Ajaleht_Uus_Ilm, lk 5
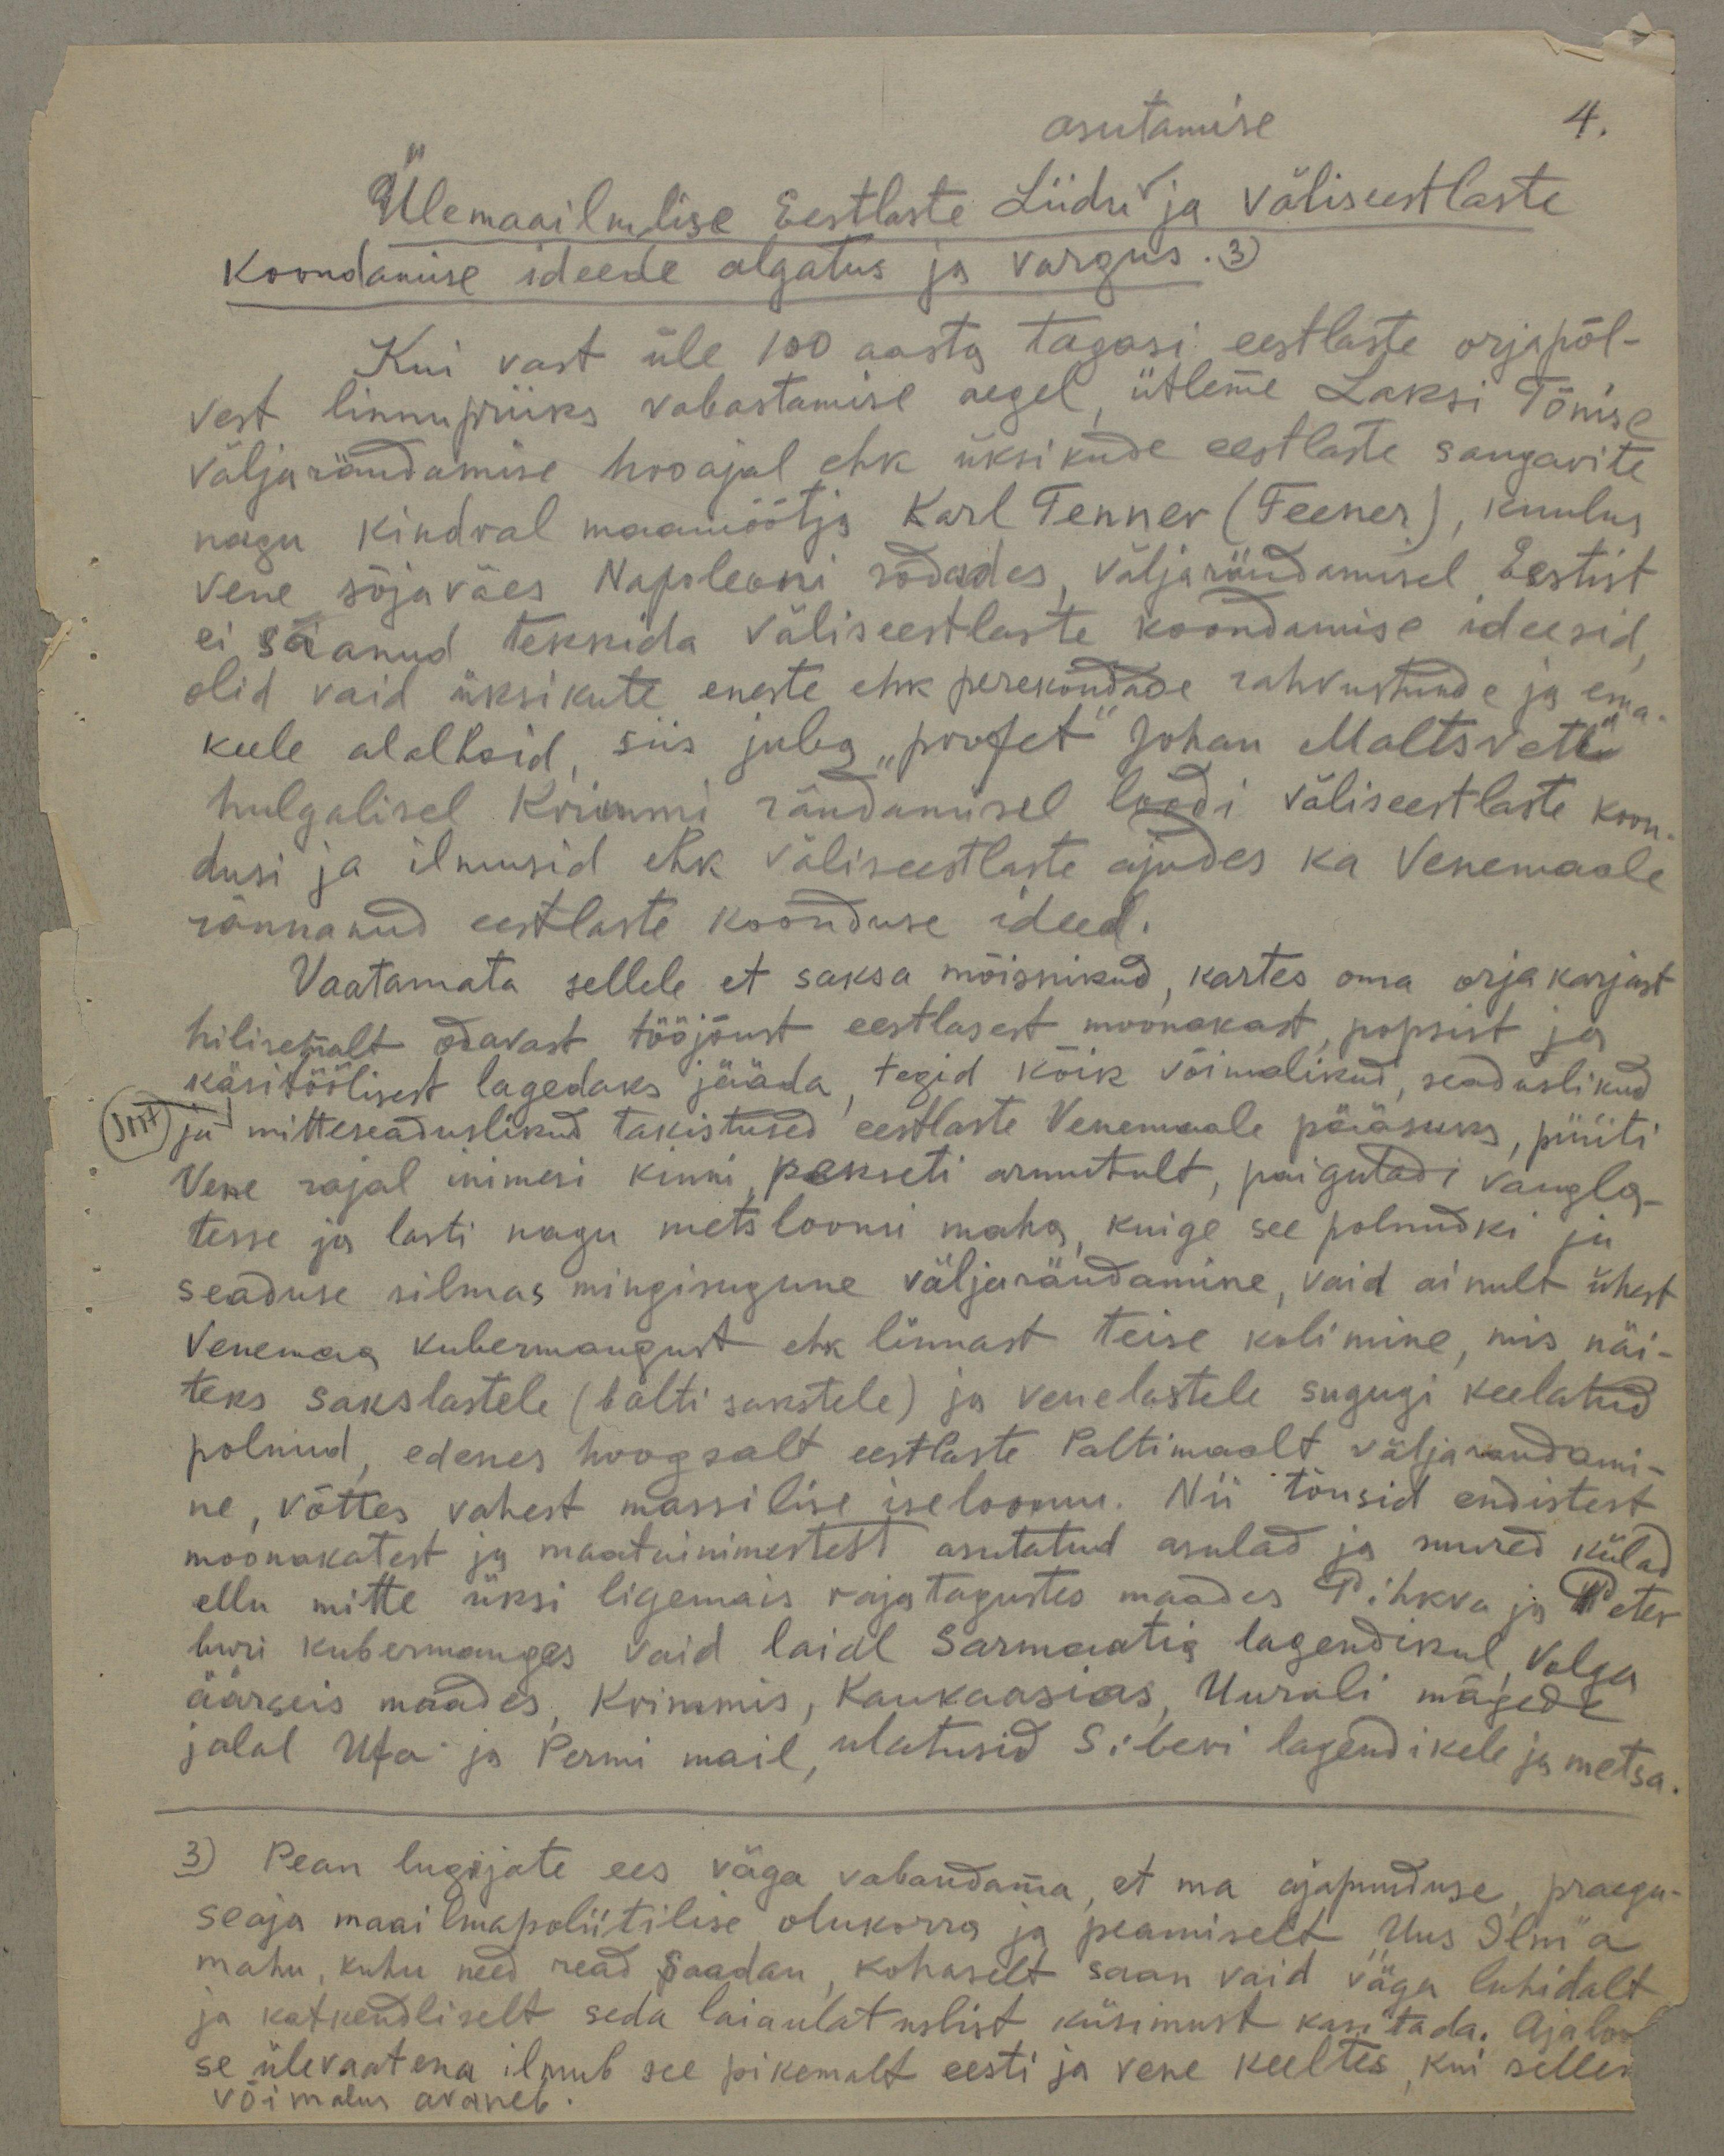
asutamise
4.
Ülemaailmlise Eestlaste Liidu ja väliseestlaste
Koondamise ideede algatus ja vargus. 3)
Kui vast üle 100 aasta tagasi eestlaste orjapõl-
vest linnupriiks vabastamise aegel, ütleme Laksi Tõnise
väljarändamise hooajal ehk üksikude eestlaste sangarite
nagu kindral maamõõtja Karl Tenner (Teener), kuulus
Vene sõjaväes Napoleoni sõdades, väljarändamisel Eestist
ei saanud tekkida väliseestlaste koondamise ideesid
olid vaid üksikute eneste ehk perekondade rahvustunde ja ema-
keele alalhoid, siis juba "profet" Johan Maltsveti"
hulgalisel Krimmi rändamisel loodi väliseestlaste koon-
dusi ja ilmusid ehk väliseestlaste ajudes ka Venemaale
rännanud eestlaste koonduse ideed.
Vaatamata sellele et saksa mõisnikud, kartes oma orja karjast
hiljemalt odavast tööjõust eestlasest moonakast, popsist ja
käsitöölisest lagedaks jääda, tegid kõik võimalikud, seaduslikud
ja mitteseaduslikud takistused eestlaste Venemaale pääsuks, püüti
Vene rajal inimesi kinni, pekseti armutult, paigutadi vangla-
tesse ja lasti nagu metsloomi maha, kuige see polnudki ju
seaduse silmas mingisugune väljarändamine, vaid ainult ühest
Venemaa kubermangust ehk linnast teise kolimine, mis näi-
teks sakslastele (balti sakstele) ja venelastele sugugi keelatud
polnud, edenes hoogsalt eestlaste Paltimaalt väljarandami-
ne, võttes vahest massilise iseloomu. Nii tõusid endistest
moonakatest ja maatainimestest asutatud asulad ja suured külad
ellu mitte üksi ligemais rajatagustes maades Pihkva ja Peter
buri kubermanges vaid laial Sarmaatia lagendikul Volga
äärseis maades, Krimmis, Kaukaasias, Uurali mägede
jalal Ufa ja Permi mail, ulatusid Siberi lagendikele ja metsa.
3) Pean lugijate ees väga vabandama, et ma ajapuuduse, praegu-
seaja maailmapoliitilise olukorra ja peamiselt "Uus Ilm"a
mahu, kuhu need read Saadan, kohaselt saan vaid väga luhidalt
ja katkendliselt seda laiaulatuslist küsimust kasitada. Ajaloo
se ülevaatena ilmub see pikemalt eesti ja vene keeltes, kui sellek
võimalus avaneb.